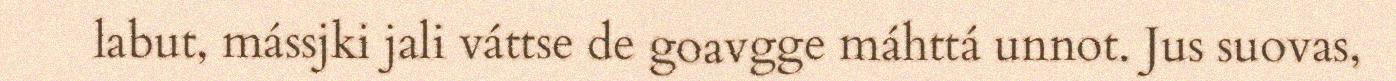
labut, mássjki jali váttse de goavgge máhttá unnot. Jus suovas,